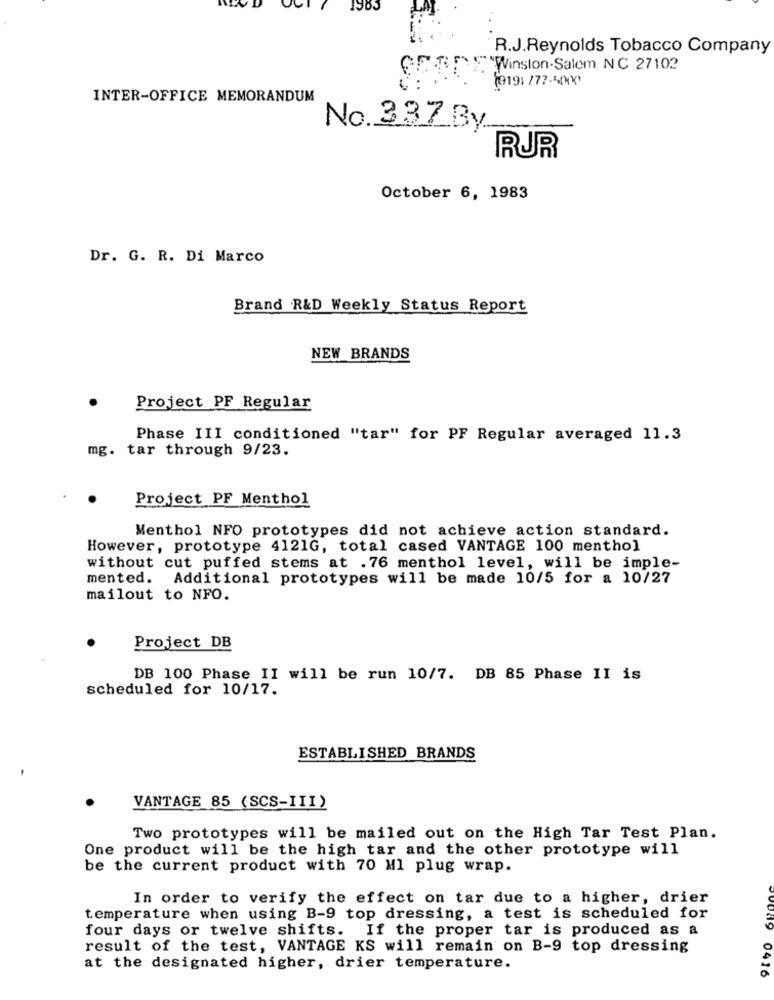
1983
R.J.Reynolds Tobacco Company
"Winston-Salem NC 27102
1919: /77.4000
INTER-OFFICE MEMORANDUM
No. 337 By
RUR
October 6, 1983
Dr. G. R. Di Marco
Brand R&D Weekly Status Report
NEW BRANDS
Project PF Regular
Phase III conditioned "tar" for PF Regular averaged 11.3
mg. tar through 9/23.
Project PF Menthol
Menthol NFO prototypes did not achieve action standard.
However, prototype 4121G, total cased VANTAGE 100 menthol
without cut puffed stems at .76 menthol level, will be imple-
mented. Additional prototypes will be made 10/5 for a 10/27
mailout to NFO.
Project DB
DB 100 Phase II will be run 10/7. DB 85 Phase II is
scheduled for 10/17.
ESTABLISHED BRANDS
VANTAGE 85 (SCS-III)
Two prototypes will be mailed out on the High Tar Test Plan.
One product will be the high tar and the other prototype will
be the current product with 70 Ml plug wrap.
In order to verify the effect on tar due to a higher, drier
temperature when using B-9 top dressing, a test is scheduled for
four days or twelve shifts. If the proper tar is produced as a
result of the test, VANTAGE KS will remain on B-9 top dressing
at the designated higher, drier temperature.
0416